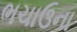
ભચાઉના